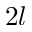
2 l